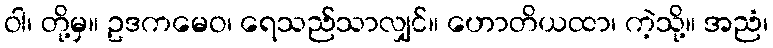
ဝါ၊ တို့မှ။ ဥဒကမေဝ၊ ရေသည်သာလျှင်။ ဟောတိယထာ၊ ကဲ့သို့။ အညံ၊